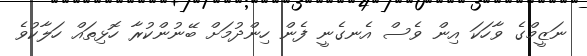
ނަޒީމްގެ ވާހަކަ އިން ވެސް އެނގެނީ ފެން ހިންދުމަށް ބޭނުންކުރާ ހޮޅިތައް ހަލާކުވެ